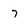
Character: 7